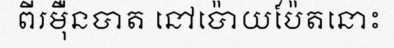
ពីរម៉ឺនបាត នៅប៉ោយប៉ែតនោះ